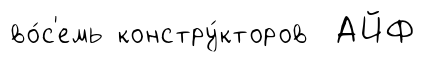
во́с'емь констру́кторов АЙФ